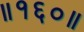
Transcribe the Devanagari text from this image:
॥१६०॥